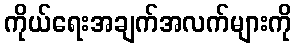
ကိုယ်ရေးအချက်အလက်များကို